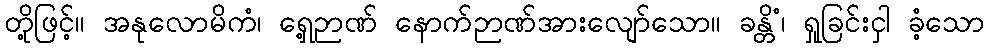
တို့ဖြင့်။ အနုလောမိကံ၊ ရှေ့ဉာဏ် နောက်ဉာဏ်အားလျော်သော။ ခန္တိံ၊ ရှုခြင်းငှါ ခံ့သော